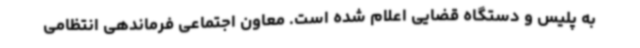
به پلیس و دستگاه قضایی اعلام شده است. معاون اجتماعی فرماندهی انتظامی